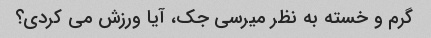
گرم و خسته به نظر میرسی جک، آیا ورزش می کردی؟